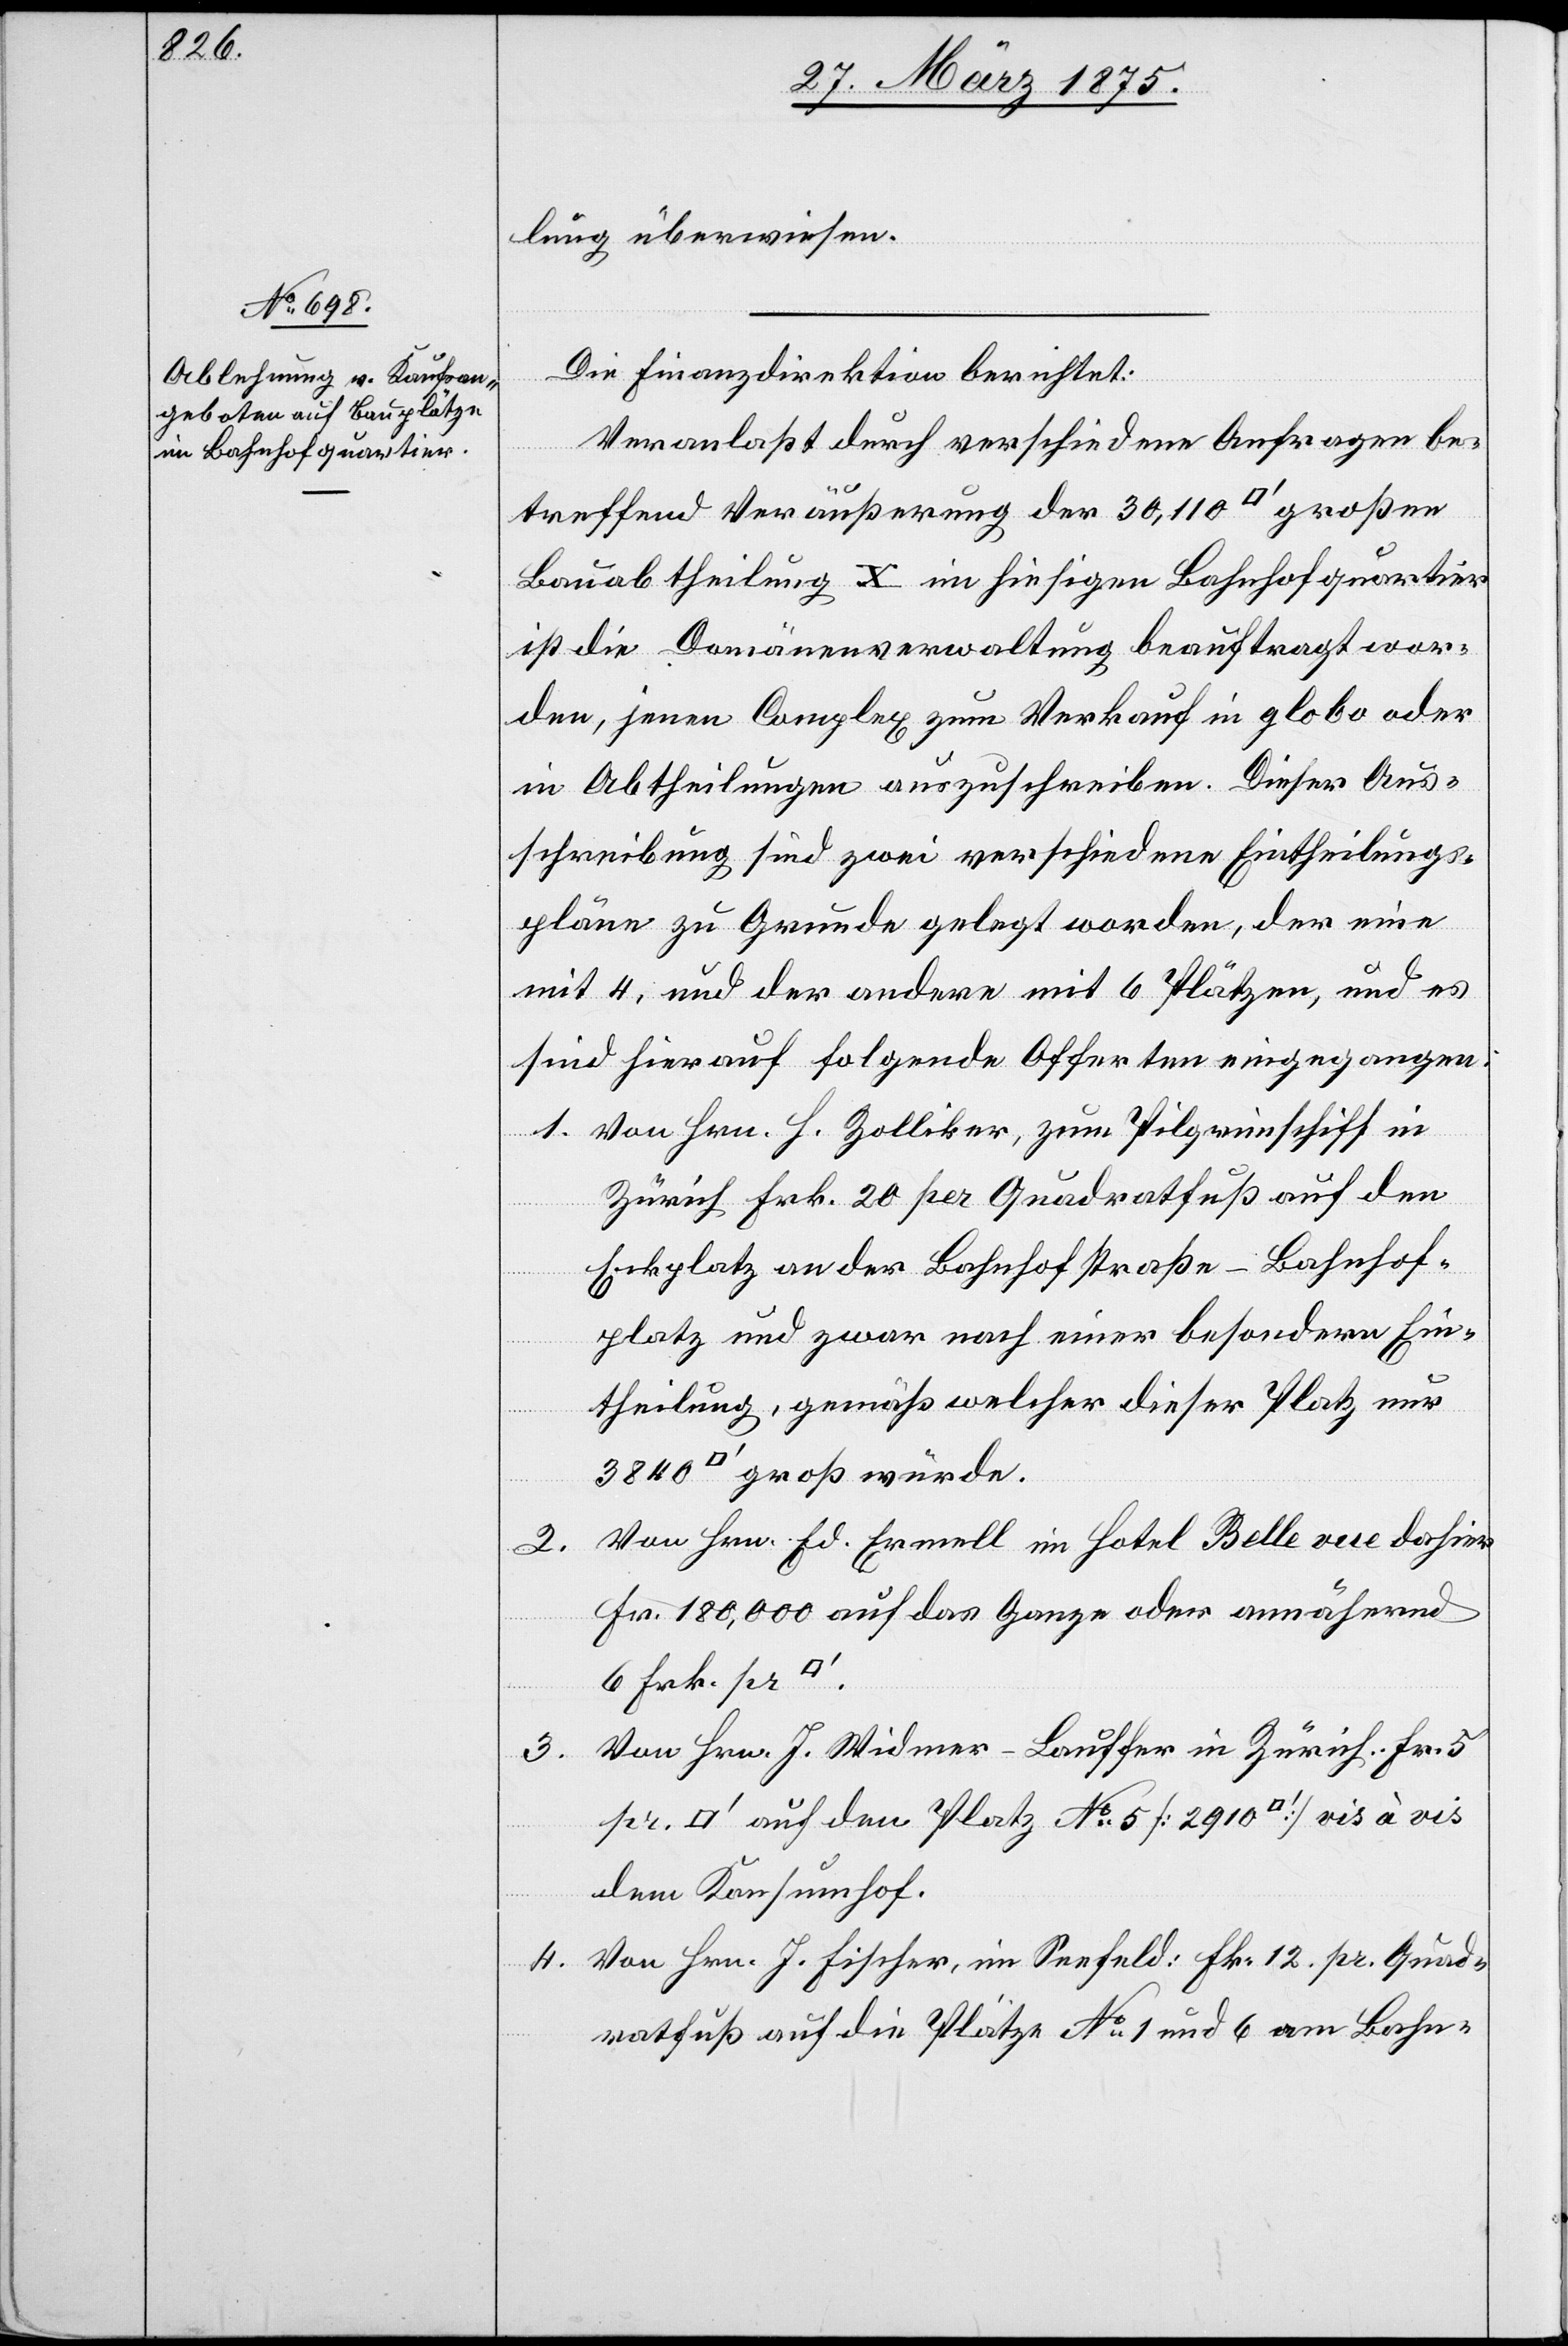
lung überwiesen.
Die Finanzdirektion berichtet:
Veranlaßt durch verschiedene Anfragen be¬
treffend Veräußerung der 30,110 [Quadratfuß] großen
Bauabtheilung X im hiesigen Bahnhofquartier
ist die Domänenverwaltung beauftragt wor¬
den, jenen Complex zum Verkauf in globo oder
in Abtheilungen auszuschreiben. Dieser Aus¬
schreibung sind zwei verschiedene Eintheilungs¬
pläne zu Grunde gelegt worden, der eine
mit 4, und der andere mit 6 Plätzen, und es
sind hierauf folgende Offerten eingegangen:
1. Von Hrn. H. Zolliker, zum Pilgrimschiff in
Zürich Frk. 20 per Quadratfuß auf den
vis
Eckplatz an der Bahnhofstraße-Bahnhof¬
platz und zwar nach einer besondern Ein¬
theilung, gemäß welcher dieser Platz nur
Von Hrn. Ed. Ermell im Hotel Bellevue dahier
2.
Fr. 180,000 auf das Ganze oder annähernd
6 Frk. pr.
3. Von Hrn. J. Widmer-Lauffer in Zürich: Fr. 5
[Quadratfuß] auf den Platz No 5 [2910 [Quadratfuß]]
dem Konsumhof.
4. Von Hrn. J. Fischer, im Seefeld: F[r]k. 12. pr. Quad¬
ratfuß auf die Plätze No 1 und 6 am Bahn-